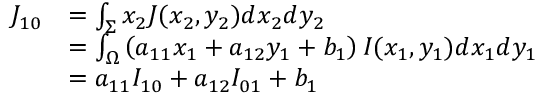
\begin{array} { r l } { { J _ { 1 0 } } } & { = \int _ { \Sigma } { { x _ { 2 } } J ( { x _ { 2 } } , { y _ { 2 } } ) d { x _ { 2 } } d { y _ { 2 } } } } \\ & { = \int _ { \Omega } { \left( { { a _ { 1 1 } } { x _ { 1 } } + { a _ { 1 2 } } { y _ { 1 } } + { b _ { 1 } } } \right) I ( { x _ { 1 } } , { y _ { 1 } } ) d { x _ { 1 } } d { y _ { 1 } } } } \\ & { = { a _ { 1 1 } } { I _ { 1 0 } } + { a _ { 1 2 } } { I _ { 0 1 } } + { b _ { 1 } } } \end{array}